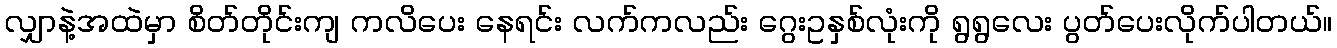
လျှာနဲ့အထဲမှာ စိတ်တိုင်းကျ ကလိပေး နေရင်း လက်ကလည်း ဂွေးဥနှစ်လုံးကို ရွရွလေး ပွတ်ပေးလိုက်ပါတယ်။